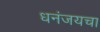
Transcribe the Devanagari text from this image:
धनंजयचा